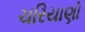
ચરિયાણો